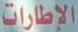
الإطارات